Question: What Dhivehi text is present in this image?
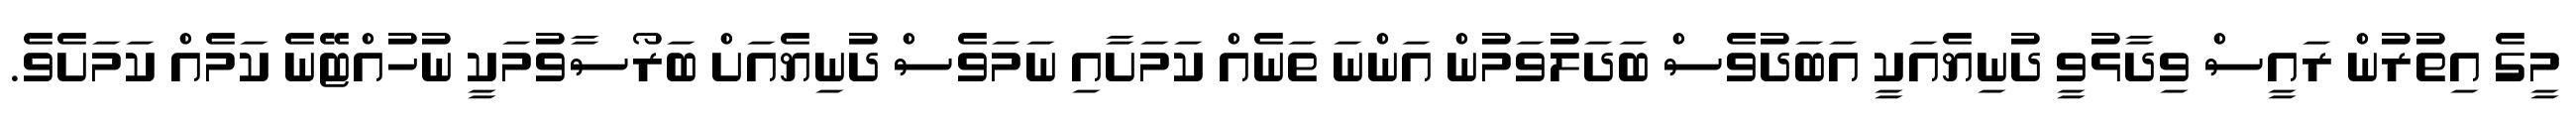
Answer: މީގެ އިތުރުން ރައީސް ވިދާޅުވީ ދުނިޔެއަކީ އަބަދުވެސް ބަދަލުވަމުން އަންނަ ތަނެއް ކަމަށާއި ނަމަވެސް ދުނިޔެއަށް ބަރޯސާވުމަކީ ނުހުއްޓޭނެ ކަމެއް ކަމަށެވެ.